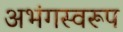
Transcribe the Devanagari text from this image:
अभंगस्वरूप